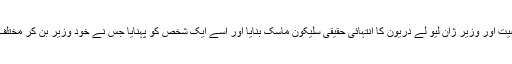
جراٰت مند مجرموں نے فرانس کی مشہور سیاسی شخصیت اور وزیر ژان لیو لے دریون کا انتہائی حقیقی سلیکون ماسک بنایا اور اسے ایک شخص کو پہنایا جس نے خود وزیر بن کر مختلف لوگوں سے رابطے کئے اور ان سے رقم لوٹ لی گئی۔